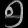
Digit: ၅